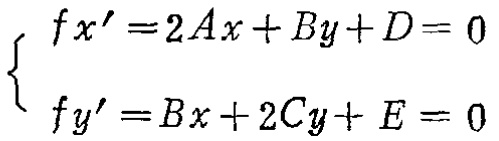
\[
\begin{cases}
f x^{\prime}=2 A x + B y+D = 0\\
f y^{\prime}=B x + 2 C y+E = 0
\end{cases}
\]